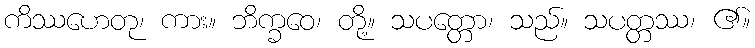
ကိဿဟေတု၊ ကား။ ဘိက္ခဝေ၊ တို့။ သပတ္တော၊ သည်။ သပတ္တဿ၊ ၏။